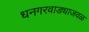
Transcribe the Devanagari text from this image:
धनगरवाड्याजवळ